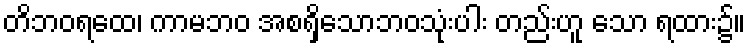
တိဘဝရထေ၊ ကာမဘဝ အစရှိသောဘဝသုံးပါး တည်းဟူ သော ရထား၌။